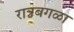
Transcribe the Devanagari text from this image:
रात्रबगळा